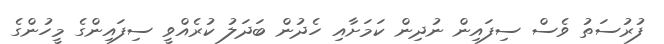
ފުރުސަތު ވެސް ސިފައިން ނުދިން ކަމަަށާއި ހެދުން ބަދަލު ކުރެއްވީ ސިފައިންގެ މީހުންގެ